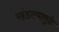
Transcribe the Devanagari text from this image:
खंडल्यामुळे